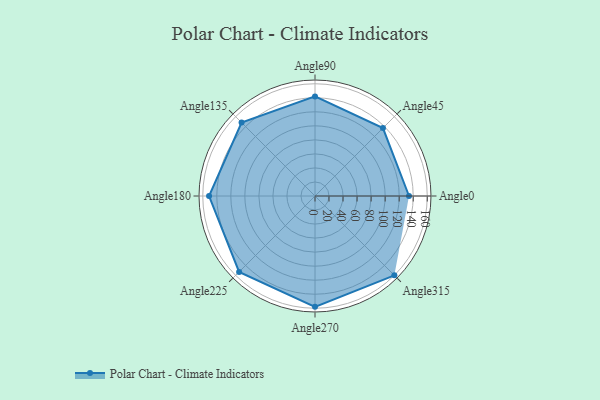
{"axis": {"x": "Angle", "y": "Radius"}, "legend": [""], "data": [{"x": "Angle0", "y": 134.0, "type": ""}, {"x": "Angle45", "y": 137.0, "type": ""}, {"x": "Angle90", "y": 142.0, "type": ""}, {"x": "Angle135", "y": 148.0, "type": ""}, {"x": "Angle180", "y": 151.0, "type": ""}, {"x": "Angle225", "y": 153.0, "type": ""}, {"x": "Angle270", "y": 158.0, "type": ""}, {"x": "Angle315", "y": 160.0, "type": ""}]}